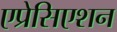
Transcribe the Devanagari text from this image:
एप्रेसिएशन